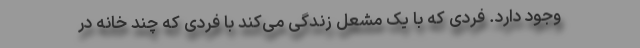
وجود دارد. فردی که با یک مشعل زندگی می‌کند با فردی که چند خانه در